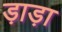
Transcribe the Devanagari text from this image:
ड़ाड़ा